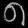
Digit: ၈